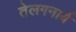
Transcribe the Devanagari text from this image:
तेलगनार्य